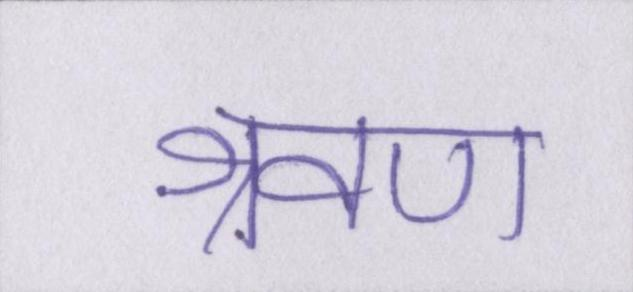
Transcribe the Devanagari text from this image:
श्रवण